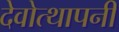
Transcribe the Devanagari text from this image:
देवोत्थापनी